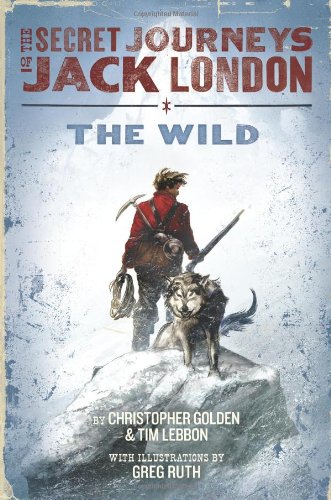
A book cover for The Secret Journeys of Jack London, Book One: The Wild; Christopher Golden; Teen & Young Adult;